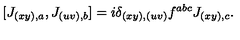
[ J _ { ( x y ) , a } , J _ { ( u v ) , b } ] = i \delta _ { ( x y ) , ( u v ) } f ^ { a b c } J _ { ( x y ) , c } .